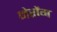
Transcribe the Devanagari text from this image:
मेरोंग